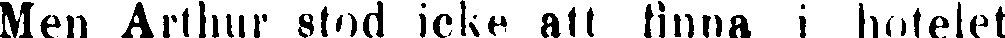
Men Arthur stod icke att finna i hotelet